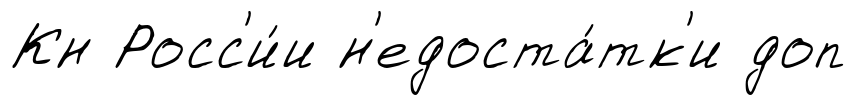
Кн Росс'и́и н'едоста́тк'и доп